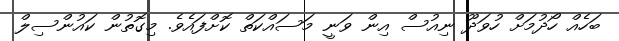
ބަހެއް ހޯދުމަށް ހުވަދޫ ނިއުސް އިން ވަނީ މަސައްކަތް ކޮށްފައެވެ. މިގޮތުން ކައުންސިލް